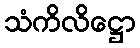
သံကိလိဋ္ဌော